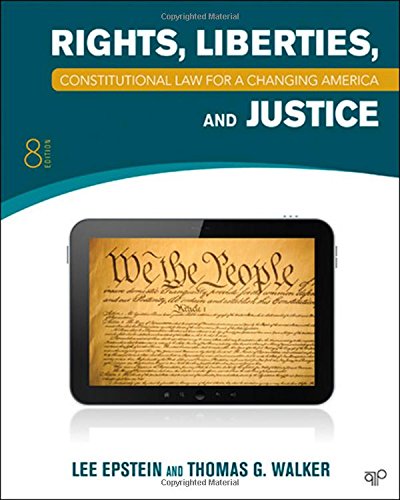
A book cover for Constitutional Law: Rights, Liberties and Justice 8th Edition (Constitutional Law for a Changing America); Lee Epstein; Law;